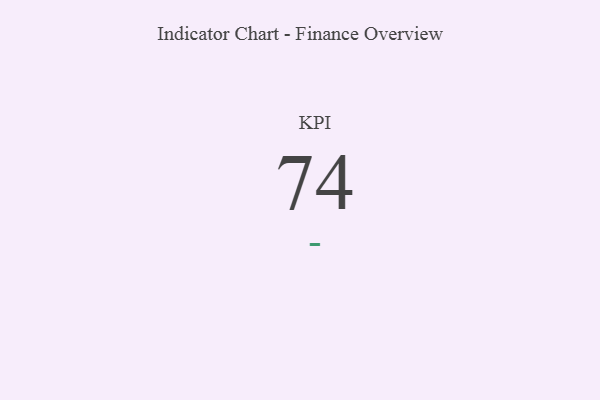
{"axis": {"x": "KPI", "y": "Value"}, "legend": [""], "data": [{"x": "KPI", "y": 74, "type": ""}]}